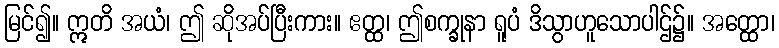
မြင်၍။ ဣတိ အယံ၊ ဤ ဆိုအပ်ပြီးကား။ ဧတ္ထ၊ ဤစက္ခုနာ ရူပံ ဒိသွာဟူသောပါဌ်၌။ အတ္ထော၊